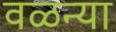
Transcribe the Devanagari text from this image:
वळन्या